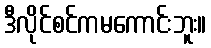
ဒီလိုင်စင်ကမကောင်းဘူး။